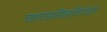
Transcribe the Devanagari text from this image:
व्यावसायिकाविरोधात